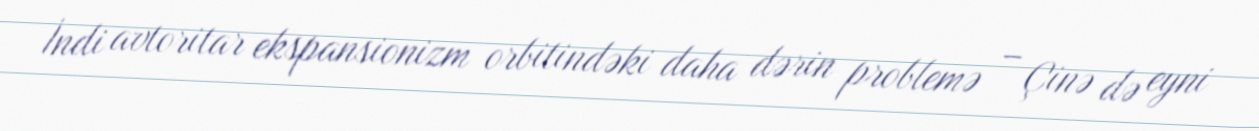
İndi avtoritar ekspansionizm orbitindəki daha dərin problemə – Çinə də eyni